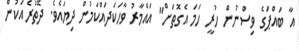
އާ ބައްޕަގެ ވިސްނުން ހުރީ ހަމަ އެގޮތަށް" އައްމާރު ވާހަކަދައްކަމުން ދިޔައެވެ. ދޭތެރެއަކުން